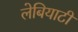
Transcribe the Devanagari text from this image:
लेबियाटी